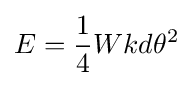
E={\frac {1}{4}}Wkd\theta ^{2}